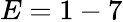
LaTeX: E=1-7